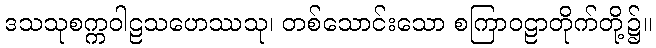
ဒသသုစက္ကဝါဠသဟေဿသု၊ တစ်သောင်းသော စကြာဝဠာတိုက်တို့၌။